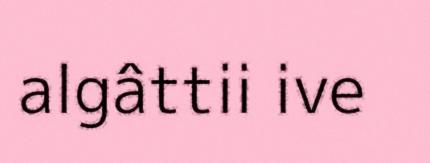
algâttii ive